Indian journal of veterinary science and animal husbandry - Volume 4,
Year: 1934
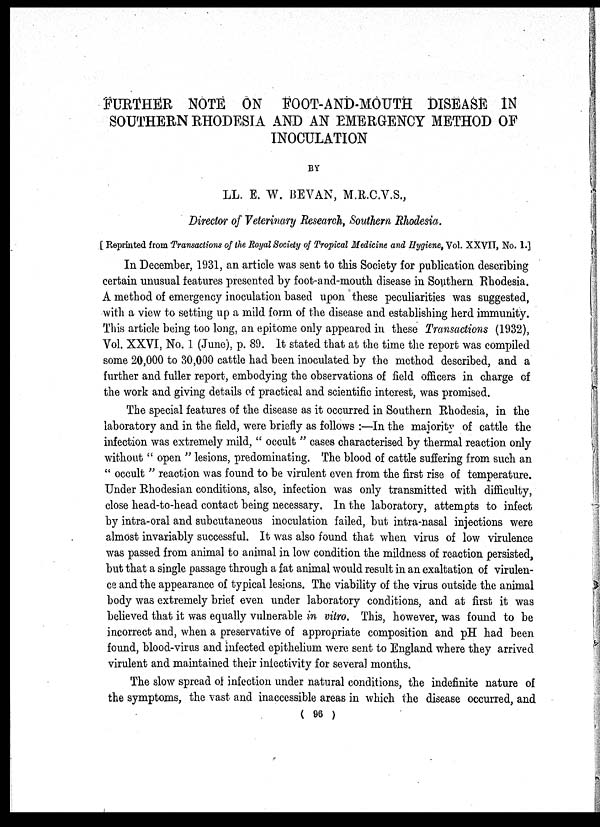
FURTHER NOTE ON FOOT-AND-MOUTH DISEASE IN
SOUTHERN RHODESIA AND AN EMERGENCY METHOD OF
INOCULATION
BY
LL. E. W. BEVAN, M.R.C.V.S.,
Director of Veterinary Research, Southern Rhodesia.
[ Reprinted from Transactions of the Royal Society of Tropical Medicine and Hygiene, Vol. XXVII, No. 1.]
In December, 1931, an article was sent to this Society for publication describing
certain unusual features presented by foot-and-mouth disease in Southern Rhodesia.
A method of emergency inoculation based upon these peculiarities was suggested,
with a view to setting up a mild form of the disease and establishing herd immunity.
This article being too long, an epitome only appeared in these Transactions (1932),
Vol. XXVI, No. 1 (June), p. 89. It stated that at the time the report was compiled
some 20,000 to 30,000 cattle had been inoculated by the method described, and a
further and fuller report, embodying the observations of field officers in charge of
the work and giving details of practical and scientific interest, was promised.
The special features of the disease as it occurred in Southern Rhodesia, in the
laboratory and in the field, were briefly as follows :—In the majority of cattle the
infection was extremely mild, " occult " cases characterised by thermal reaction only
without " open " lesions, predominating. The blood of cattle suffering from such an
" occult " reaction was found to be virulent even from the first rise of temperature.
Under Rhodesian conditions, also, infection was only transmitted with difficulty,
close head-to-head contact being necessary. In the laboratory, attempts to infect
by intra-oral and subcutaneous inoculation failed, but intra-nasal injections were
almost invariably successful. It was also found that when virus of low virulence
was passed from animal to animal in low condition the mildness of reaction persisted,
but that a single passage through a fat animal would result in an exaltation of virulen-
ce and the appearance of typical lesions. The viability of the virus outside the animal
body was extremely brief even under laboratory conditions, and at first it was
believed that it was equally vulnerable in vitro. This, however, was found to be
incorrect and, when a preservative of appropriate composition and pH had been
found, blood-virus and infected epithelium were sent to England where they arrived
virulent and maintained their infectivity for several months.
The slow spread of infection under natural conditions, the indefinite nature of
the symptoms, the vast and inaccessible areas in which the disease occurred, and
( 96 )